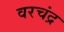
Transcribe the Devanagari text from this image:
वरचंद्र